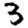
Digit: 3